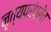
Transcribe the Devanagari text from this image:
नृत्यपरंपरेत